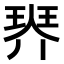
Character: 𤦠